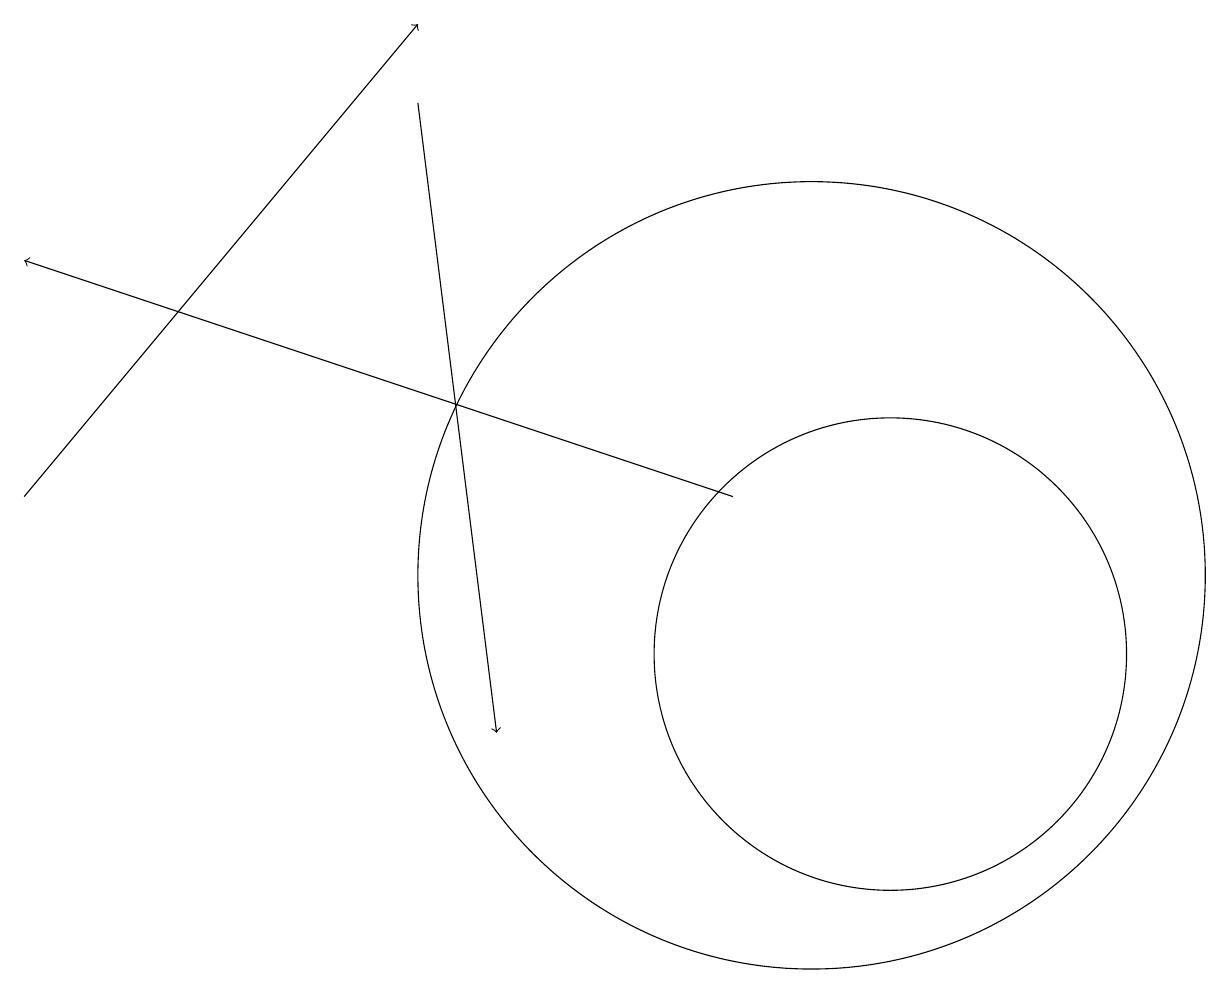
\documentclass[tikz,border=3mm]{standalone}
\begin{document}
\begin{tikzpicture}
\draw[->] (9,13) -- (0,16);
\draw[->] (5,18) -- (6,10);
\draw (10,12) circle (5);
\draw (11,11) circle (3);
\draw[->] (0,13) -- (5,19);
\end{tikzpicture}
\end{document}